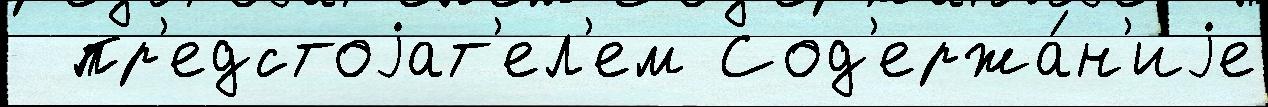
  пр'едстоjат'ел'ем Сод'ержа́н'иjе